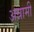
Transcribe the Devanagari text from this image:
अन्नामी